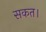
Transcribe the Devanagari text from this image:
सकत।